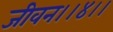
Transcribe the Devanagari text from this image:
जीवन।।४।।